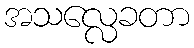
အသလ္လေခတာ